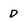
Character: D